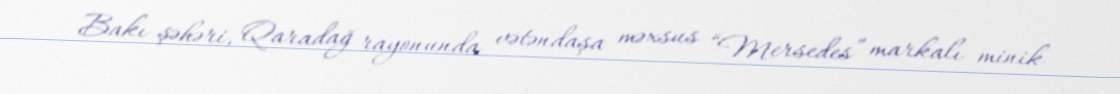
Bakı şəhəri, Qaradağ rayonunda vətəndaşa məxsus “Mersedes” markalı minik